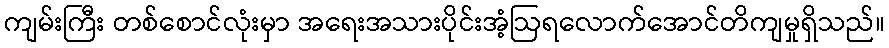
ကျမ်းကြီး တစ်စောင်လုံးမှာ အရေးအသားပိုင်းအံ့ဩရလောက်အောင်တိကျမှုရှိသည်။